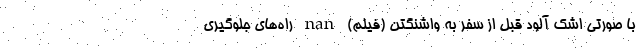
با صورتی اشک آلود قبل از سفر به واشنگتن (فیلم) nan راه‌های جلوگیری